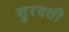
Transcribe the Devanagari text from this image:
सुरवती